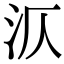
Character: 㳁